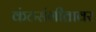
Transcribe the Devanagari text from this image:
कंठसंगीतावर